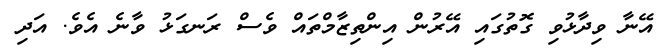
އޭނާ ވިދާޅުވި ގޮތުގައި އޭރުން އިންތިޒާމްތައް ވެސް ރަނގަޅު ވާނެ އެވެ. އަދި